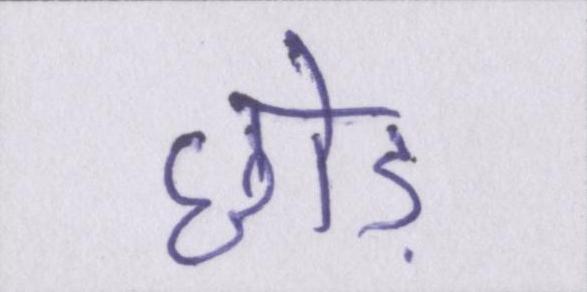
छोड़